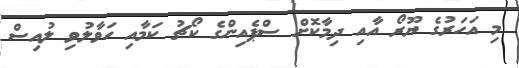
މި އަހަރުގެ ޔޫރޯ އާއި ދިމާކޮށް ސްޕެއިންގެ ކޯޗު ކަމާއި ހަވާލުވި ލުއިސް